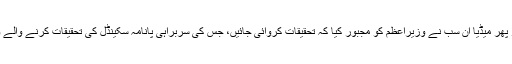
اپوزیشن کا پریشر اور پھر میڈیا ان سب نے وزیراعظم کو مجبور کیا کہ تحقیقات کروائی جائیں، جس کی سربراہی پانامہ سکینڈل کی تحقیقات کرنے والے واجد ضیا کو دی گئی۔